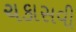
ચકાસવી